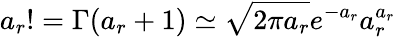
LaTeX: a_{r}!=\Gamma(a_{r}+1)\simeq\sqrt{2\pi a_{r}}e^{-a_{r}}a_{r}^{a_{r}}